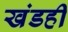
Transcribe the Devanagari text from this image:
खंडही